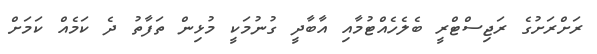
ރަށްރަށުގެ ރަޖިސްޓްރީ ބެލެހެއްޓުމާއި އާބާދީ ގުނުމަކީ މުޅިން ތަފާތު ދެ ކަމެއް ކަމަށް